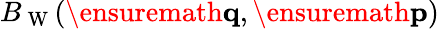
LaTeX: B_{\mathrm{~W~}}(\ensuremath{\mathbf{q}},\ensuremath{\mathbf{p}})